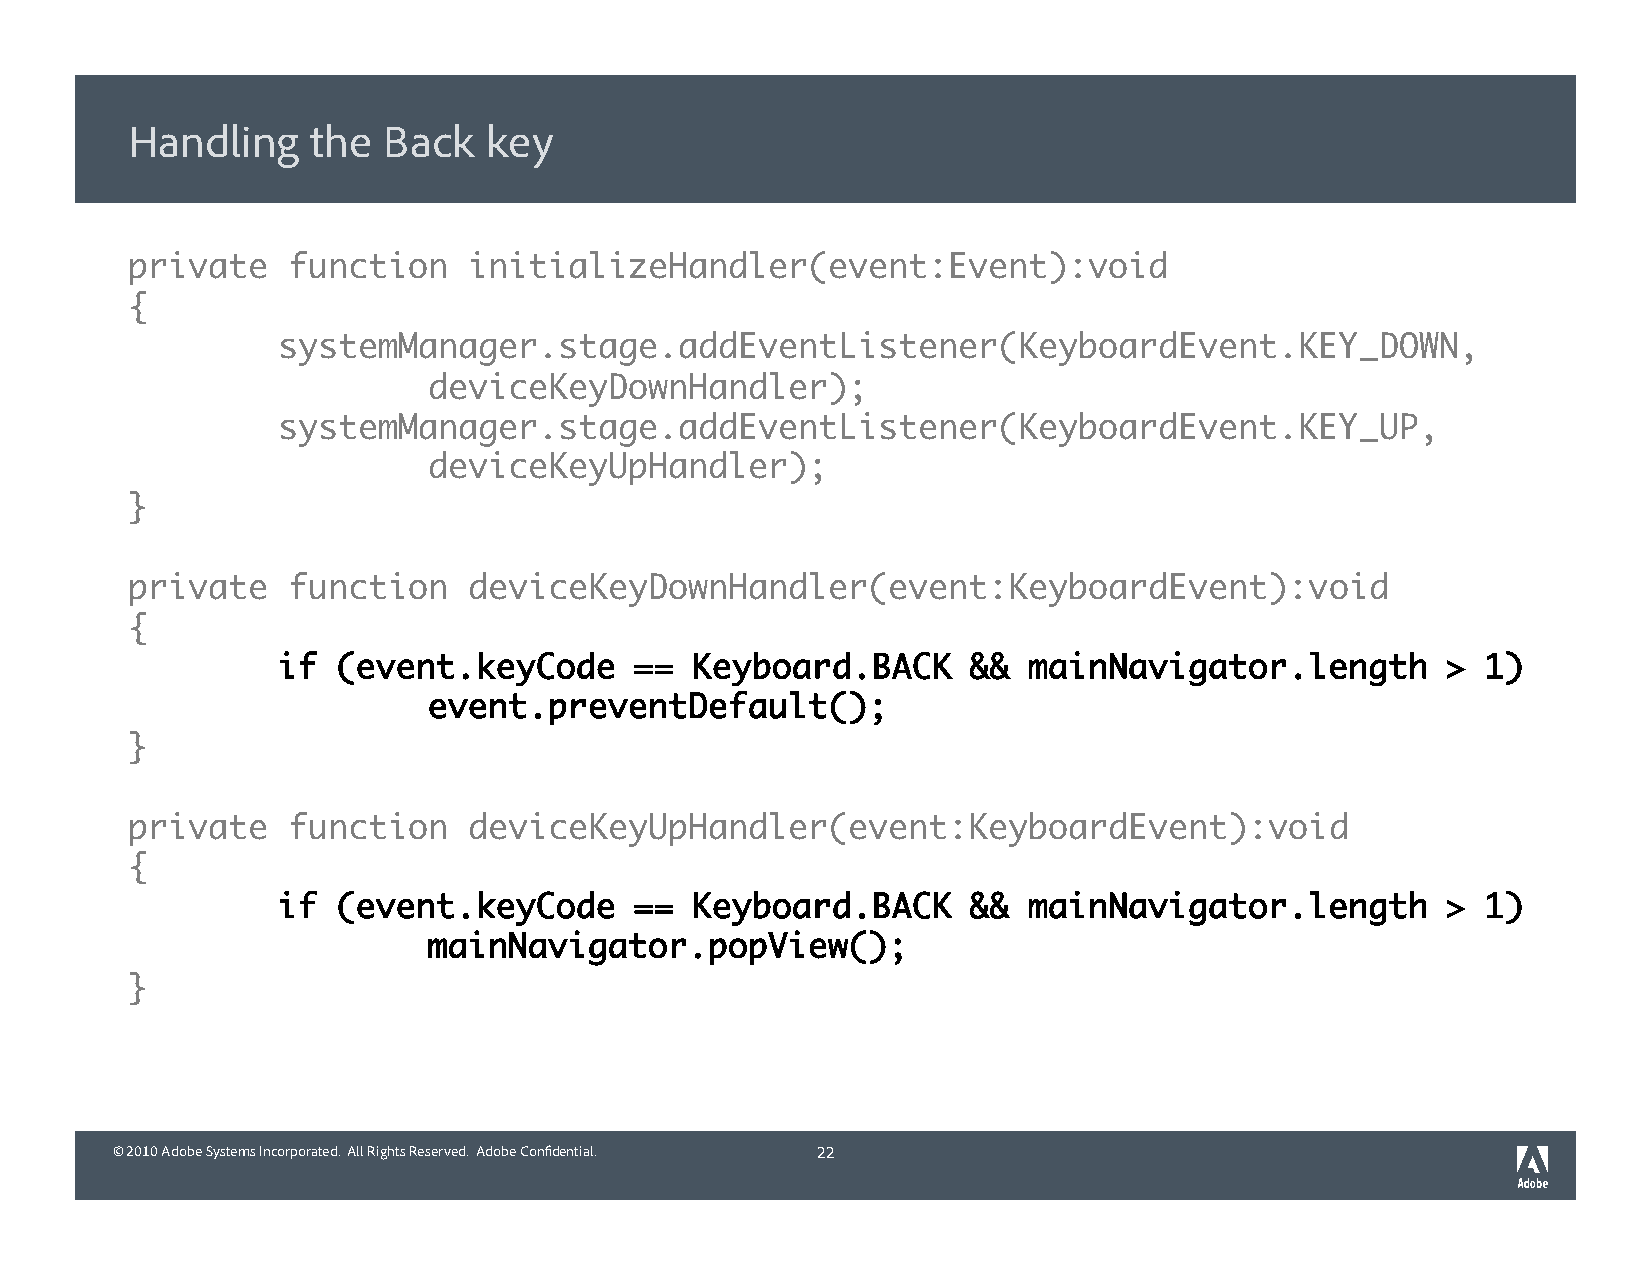
Handling     the Back   key
 private    function    initializeHandler(event:Event):void
 {
 systemManager.stage.addEventListener(KeyboardEvent.KEY_DOWN,
 deviceKeyDownHandler);
 systemManager.stage.addEventListener(KeyboardEvent.KEY_UP,
 deviceKeyUpHandler);
 }
 private    function    deviceKeyDownHandler(event:KeyboardEvent):void
 {
 if  (event.keyCode      ==  Keyboard.BACK     &&  mainNavigator.length        > 1)
 event.preventDefault();
 }
 private    function    deviceKeyUpHandler(event:KeyboardEvent):void
 {
 if  (event.keyCode      ==  Keyboard.BACK     &&  mainNavigator.length        > 1)
 mainNavigator.popView();
 }
 © 2010 Adobe Systems Incorporated. All Rights Reserved. Adobe Confidential. 22